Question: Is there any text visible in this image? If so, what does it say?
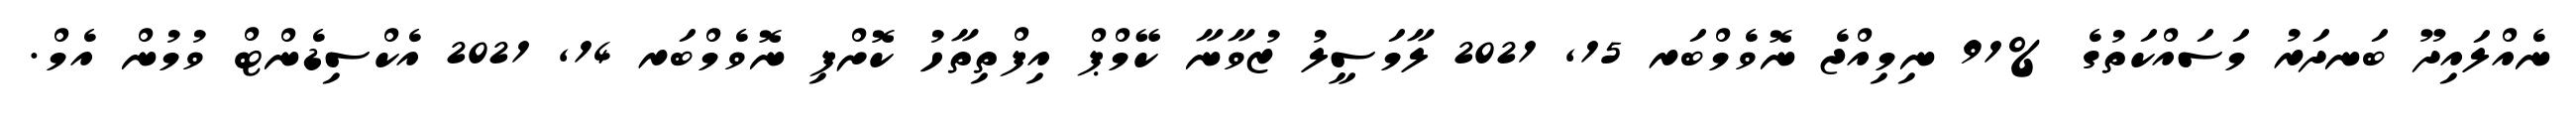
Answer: ނެއްލައިދޫ ބަނދަރު މަސައްކަތުގެ %91 ނިމިއްޖެ ނޮވެމްބަރ 15, 2021 ލާމަސީލު ޒުވާނާ ކޭމްޕް އިފްތިތާހު ކޮށްފި ނޮވެމްބަރ 14, 2021 އެކްސިޑެންޓް ވުމުން އެމް.